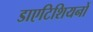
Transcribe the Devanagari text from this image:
डाएटिशियनों